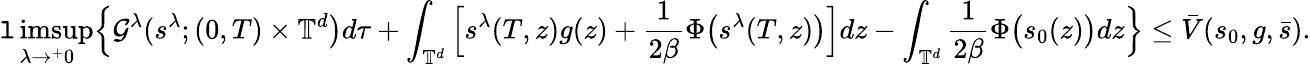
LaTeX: \operatorname*{\mathtt{l}imsup}_{\lambda\to^{+}0}\Big\{ \mathcal{{G}}^{\lambda}(s^{\lambda};(0,T)\times\mathbb{{T}}^{d}\big)d\tau+\int_{\mathbb{{T}}^{d}}\Big[{s}^{\lambda}(T,z){g}(z)+\frac{{1}}{{2\beta}}\Phi\big(s^{\lambda}(T,z)\big)\Big]dz-\int_{\mathbb{{T}}^{d}}\frac{{1}}{{2\beta}}\Phi\big(s_{0}(z)\big)dz\Big\} \leq\bar{{V}}(s_{0},g,\bar{{s}}).